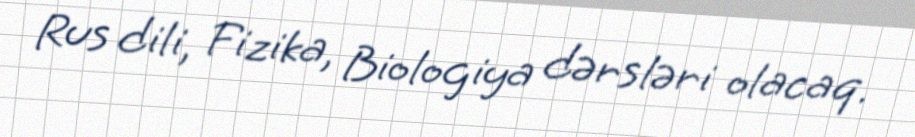
Rus dili, Fizika, Biologiya dərsləri olacaq.